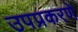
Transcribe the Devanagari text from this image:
उपप्रकरणे